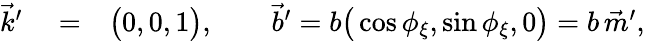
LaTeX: \begin{array}{rlr}{\vec{k}^{\prime}}&{{}=}&{\big(0,0,1\big),\qquad{\vec{b}}^{\prime}=b\big(\cos\phi_{\xi},\sin\phi_{\xi},0\big)=b\, \vec{m}^{\prime},}\end{array}